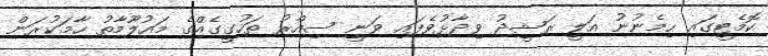
ކޮމެޓީގައި ހިމެނުނު އަލީ ރަޝީދު ވިދާޅުވެފައި ވަނީ ސިއްރު ތަހުގީގެއްގެ މައުލޫމާތު ހާމަކުރަން